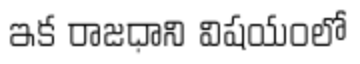
ఇక రాజధాని విషయంలో